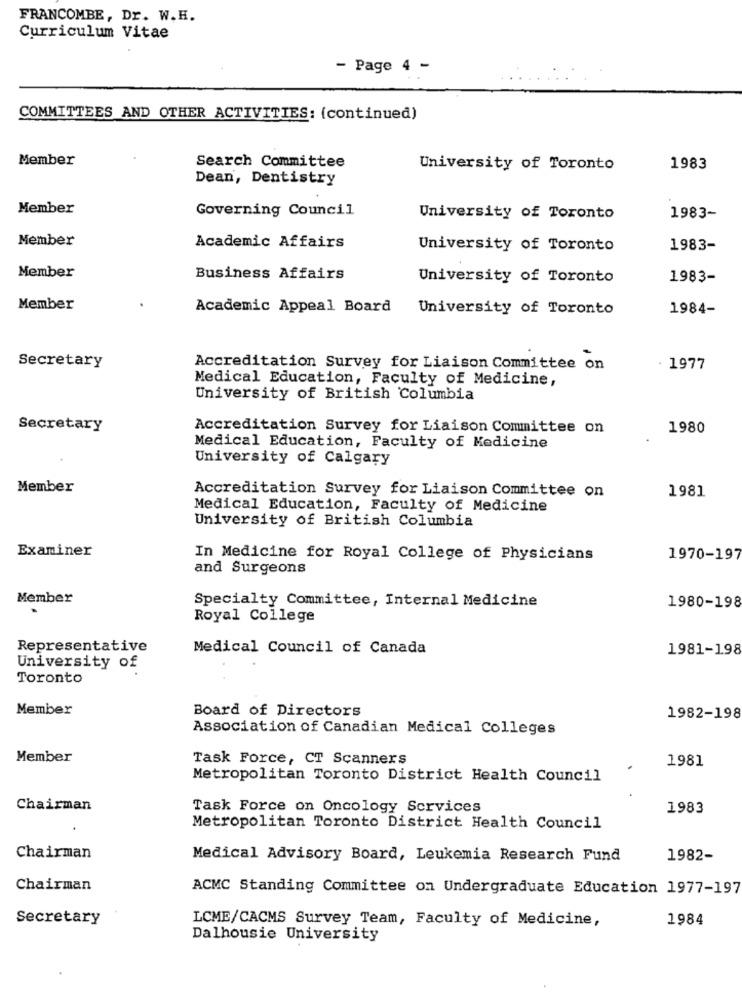
FRANCOMBE, Dr. W.H.
Curriculum Vitae
- Page 4 -
COMMITTEES AND OTHER ACTIVITIES: (continued)
Member
Search Committee
University of Toronto
1983
Dean, Dentistry
Member
Governing Council
University of Toronto
1983-
Member
Academic Affairs
University of Toronto
1983-
Member
Business Affairs
University of Toronto
1983-
Member
Academic Appeal Board
University of Toronto
1984-
Secretary
Accreditation Survey for Liaison Committee on
1977
Medical Education, Faculty of Medicine,
University of British Columbia
Secretary
Accreditation Survey for Liaison Committee on
1980
Medical Education, Faculty of Medicine
University of Calgary
Member
Accreditation Survey for Liaison Committee on
1981
Medical Education, Faculty of Medicine
University of British Columbia
Examiner
In Medicine for Royal College of Physicians
1970-197
and Surgeons
Member
Specialty Committee, Internal Medicine
1980-198
Royal College
Representative
Medical Council of Canada
1981-198
University of
Toronto
Member
Board of Directors
1982-198
Association of Canadian Medical Colleges
Member
Task Force, CT Scanners
1981
Metropolitan Toronto District Health Council
Chairman
Task Force on Oncology Services
1983
Metropolitan Toronto District Health Council
Chairman
Medical Advisory Board, Leukemia Research Fund
1982-
Chairman
ACMC Standing Committee on Undergraduate Education 1977-197
Secretary
LCME/CACMS Survey Team, Faculty of Medicine,
1984
Dalhousie University